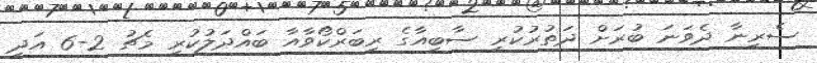
ސެރީނާ ދެވަނަ ބުރަށް ދަތުރުކުރީ ސާބިއާގެ ރިބަރްކޯވާއާ ބައްދަލުކުރި މެޗު 2-6 އަދި